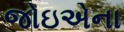
જોઇએના